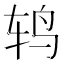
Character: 𮷙